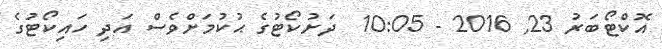
އޮކްޓޯބަރު 23